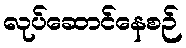
လုပ်ဆောင်နေစဉ်